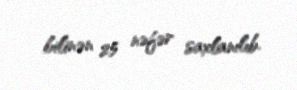
bilinən 25 nəfər saxlanılıb.